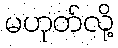
မဟုတ်လို့